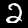
Label: 2